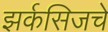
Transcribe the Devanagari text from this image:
झर्कसिजचे